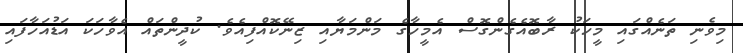
މިވެނި ތަނެއްގައި މީހަކު ރާބޮއެގެންގޮސް އެމީހާގެ މަންމަޔާއި ޒިނޭކޮއްފިއެވެ. ކުދީންތައް އެވާހަކަ އަޑުއަހާފައި